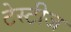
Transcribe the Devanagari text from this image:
टेस्टीज